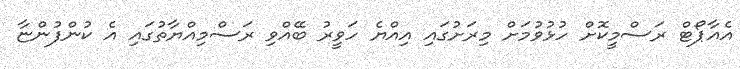
އެއާޕޯޓް ރަސްމީކޮށް ހުޅުވުމަށް މިރަށުގައި އިއްޔެ ހަވީރު ބޭއްވި ރަސްމިއްޔާތުގައި އެ ކުންފުންޏާ